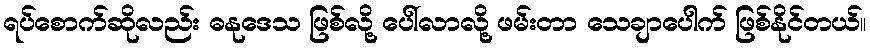
ရပ်စောက်ဆိုလည်း ဓနုဒေသ ဖြစ်လို့ ပေါ်လာလို့ ဖမ်းတာ သေချာပေါက် ဖြစ်နိုင်တယ်။